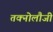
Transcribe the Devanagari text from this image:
तक्नोलौजी